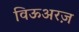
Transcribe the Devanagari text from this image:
विऊअरज़